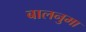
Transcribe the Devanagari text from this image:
बालनुमा